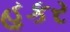
હૂકર